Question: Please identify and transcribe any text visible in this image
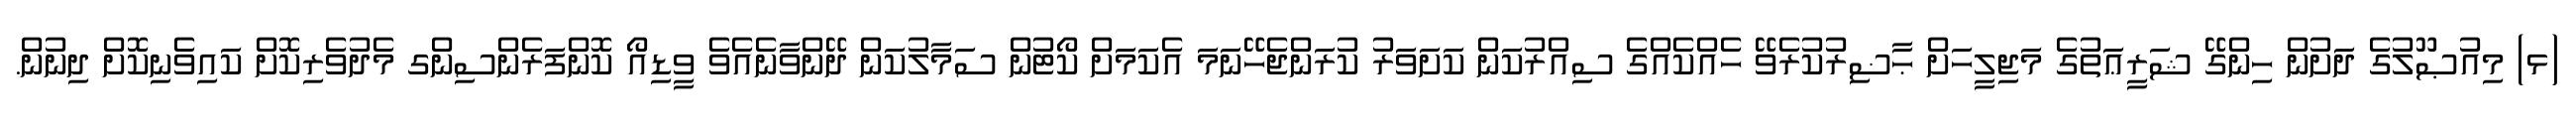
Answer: (ޅ) މިއުޞޫލުގެ ދަށުން ހިންގޭ ޝަރީޢަތުގެ މަޖިލީހަށް ޙާޟިރުކުރެވޭ ހެއްކެއްގެ ސިއްރުކަން ކަށަވަރު ކުރަންޖެހޭނަމަ އެކަމަށް ކޯޓުން ސަމާލުކަން ދޭންވާނެއެވެ ވީޑިއޯ ކޮންފަރެންސިންގ މެދުވެރިކޮށް ކައިވެނިކޮށް ދިނުން.